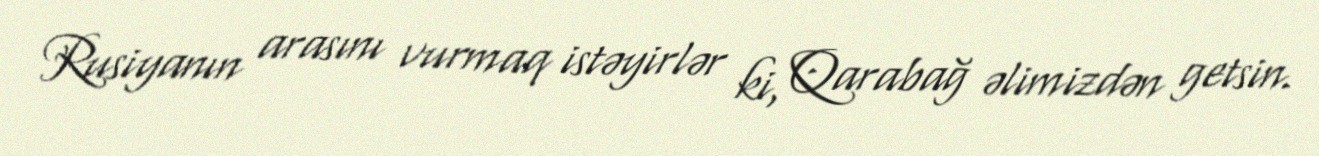
Rusiyanın arasını vurmaq istəyirlər ki, Qarabağ əlimizdən getsin.